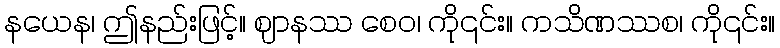
နယေန၊ ဤနည်းဖြင့်။ ဈာနဿ စေဝ၊ ကို၎င်း။ ကသိဏဿစ၊ ကို၎င်း။